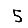
Digit: 5